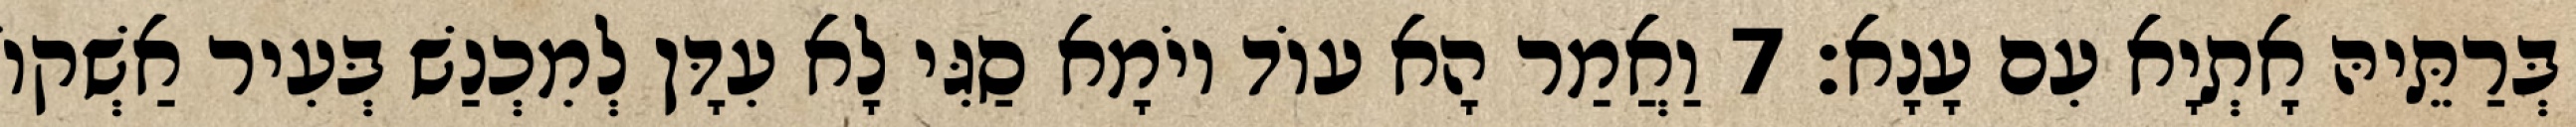
בְּרַתֵּיהּ אָתְיָא עִם עָנָא׃ 7 וַאֲמַר הָא עוֹד יוֹמָא סַגִּי לָא עִדָּן לְמִכְנַשׁ בְּעִיר אַשְׁקוֹ